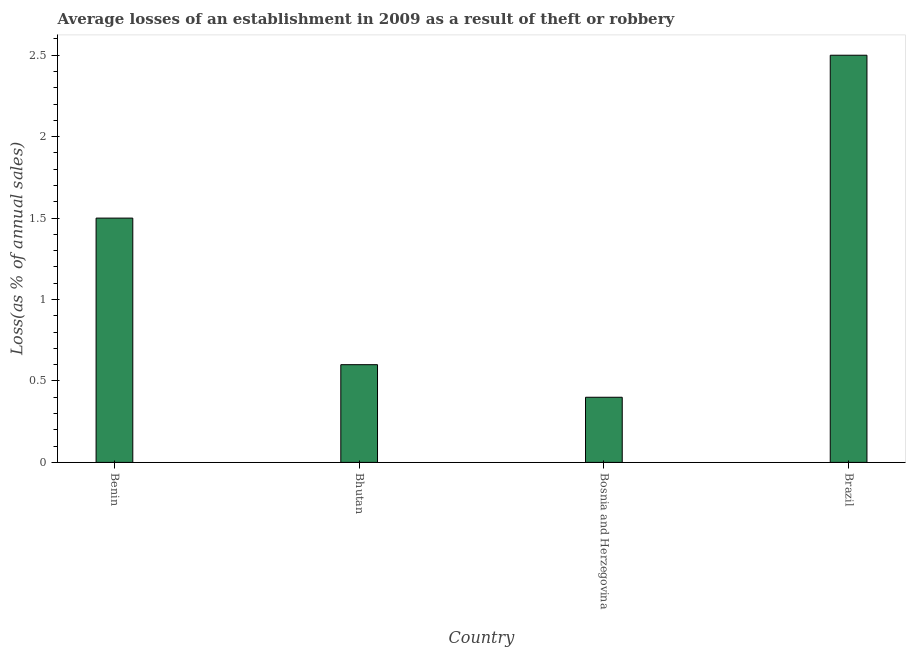
| Country | Losses due to theft |
 | --- | --- |
 | Benin | 1.5 |
 | Bhutan | 0.6 |
 | Bosnia and Herzegovina | 0.4 |
 | Brazil | 2.5 |